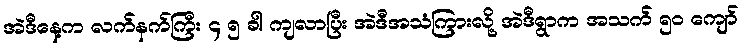
အဲဒီနေ့က လက်နက်ကြီး ၄ ၅ ခါ ကျလာပြီး အဲဒီအသံကြားလို့ အဲဒီရွာက အသက် ၅၀ ကျော်